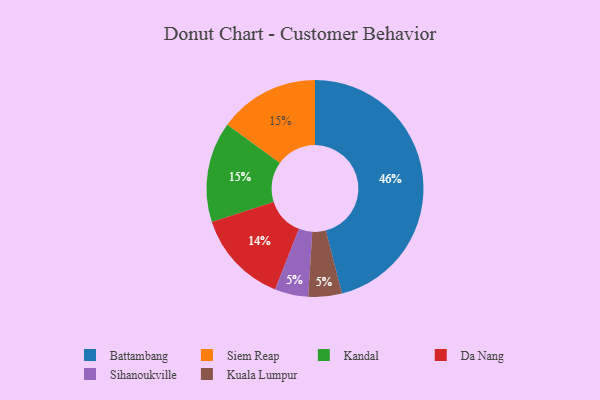
{"axis": {"x": "Category", "y": "Percentage"}, "legend": ["Battambang", "Da Nang", "Kandal", "Kuala Lumpur", "Siem Reap", "Sihanoukville"], "data": [{"x": "Siem Reap", "y": 15, "type": "Siem Reap"}, {"x": "Da Nang", "y": 14, "type": "Da Nang"}, {"x": "Battambang", "y": 46, "type": "Battambang"}, {"x": "Sihanoukville", "y": 5, "type": "Sihanoukville"}, {"x": "Kuala Lumpur", "y": 5, "type": "Kuala Lumpur"}, {"x": "Kandal", "y": 15, "type": "Kandal"}]}